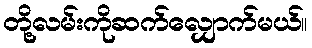
တို့လမ်းကိုဆက်လျှောက်မယ်။